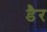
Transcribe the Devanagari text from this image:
डैर